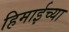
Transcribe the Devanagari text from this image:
हिमाईच्या